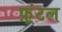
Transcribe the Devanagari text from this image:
फ़्रंटल